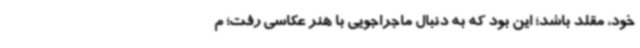
خود، مقلد باشد؛ این بود که به دنبال ماجراجویی با هنر عکاسی رفت؛ م